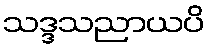
သဒ္ဒသညာယပိ